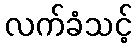
လက်ခံသင့်